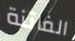
الفاتنة